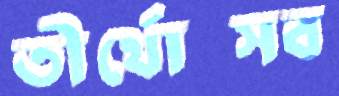
তীর্থোত্সব